Report on inoculation in the plague infected areas of the Punjab and its dependencies from October 1900 to September 1901
Year: 1900
Disease focus: Plague
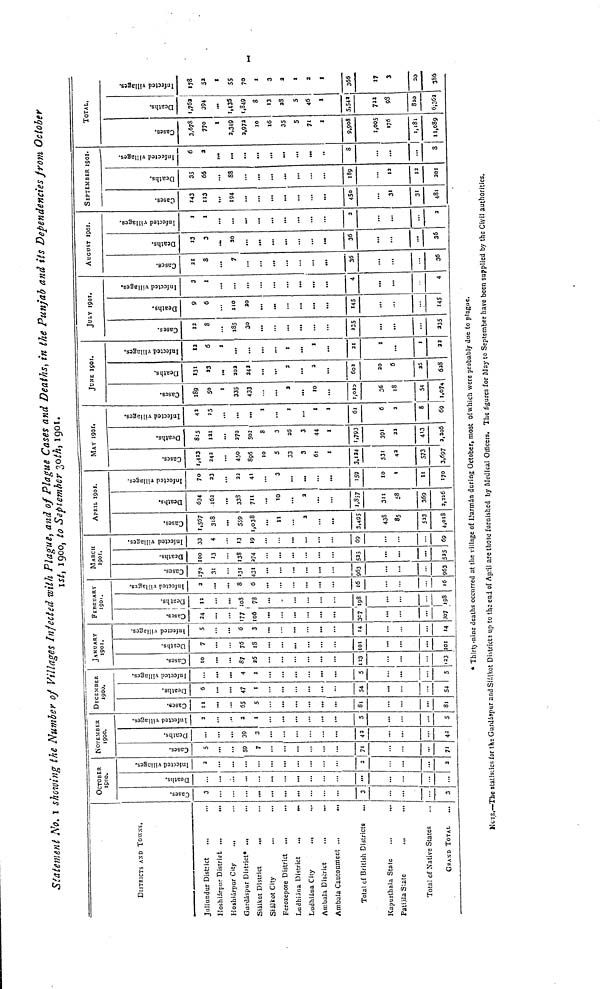
Statement No. 1 showing the Number of Villages Infected with Plague, and of Plague Cases and Deaths, in the Punjab and its Dependencies from October
1st, 1900, to September 30th, 1901.
DISTRICTS AND TOWNS.
Jallundur District
Hoshiárpur District ...
...
Hoshiárpur City
.
Gurdáspur District* ..,
...
Siálket District
...
Siálkot City
Ferozepore District ...
Ludhiána. District
..,
...
Ludhiána City
.,,
.,,
Ambala District
...
.,.
Ambala Cantonment
Total of British Districts
Kapurthala State
Patiáila State
Total of Native States
GRAND TOTAL
OCTOBER 1900.
Cases.
3
3
1
3
Deaths.
...
Infected villages.
2
2
2
NOVEMBER
1900.
Cases.
5
59
7
71
71
Deaths.
39
3
Infected villages.
2
2
1
5
5
DECEMBER
1900.
Cases.
11
65
5
81
81
Deaths.
6
47
1
54
Infected villages.
...
4
I
5
... | ...
54
5
JANUARY
1901.
Cases.
10
87
26
123
23
Deaths.
7
75
18
101
101
Infected villages.
5
6
3
14
14
FEBRUARY
1901.
Cases.
24
177
106
307
307
Deaths.
108
78
198
198
Infected villages.
2
...
8
6
16
16
MARCH
1901.
Cases.
270
31
231
431
63
?63
Deaths.
100
13
»3S
274
525
Infected villages.
33
4
13
19
69
69
APRIL 1901.
Cases.
1,567
318
559
1,038
11
2
3,495
438
533
4,018
Deaths.
634
162
338
711
10
3
1,857
311
58
369
2,226
Infected villages.
70
23
22
41
3
159
10
\
11
170
MAY 1901.
Cases.
1,423
242
450
896
10
5
33
3
61
1
3,124
531
42
573
3,697
Deaths.
8:5
121
370
502
8
3
26
3
44
1
1,793
391
22
413
2,206
Infected villages.
42
15
...
...
1
1
1
1
61
6
2
8
69
JUNE 1901.
Cases.
189
50
1
335
433
2
10
1,023
36
18
54
1,074
Deaths.
131
33
202
242
2
3
602
30
0
35
628
Infected villages.
12
6
1
...
1
1
21
I
1
32
JULY 1901.
Cases.
12
8
185
30
235
335
Deaths.
9
6
110
145
MS
Infected villages.
3
1
4
4
AUGUST 1901.
Cases.
21
8
7
36
36
Deaths.
13
3
20
...
36
...
36
Infected villages.
1
1
...
3
3
SEPTEMBER 1901.
Cases.
143
113
194
450
31
31
481
Deaths.
35
66
88
189
12
12
201
Infected villages.
6
2
...
8
...
...
8
TOTAL.
Cases.
3,678
770
I
2,349
2,972
10
16
35
5
71
1
9,908
1,005
176
1,181
11,089
Deaths.
1,762
394
1,436
1,849
8
13
28
5
46
1
5,542
722
98
820
6,362
Infected villages.
178
52
I
55
70
1
3
2
I
3
I
366
17
3
20
386
* Thirty nine deaths occurred at the village of Darmán during October, most of which were probably due to plague.
Note—The statistics for the Gurdáspur and Siákot Districts up to the end of April are those furnished by Medical Officers. The figures for May to September have been supplied by the Civil authorities.
1